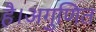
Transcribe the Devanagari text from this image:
है।अगुणित